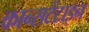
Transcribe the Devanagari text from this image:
कान्सटेंटाइन